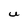
Character: U